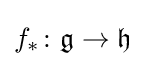
f_{*}\colon {\mathfrak {g}}\rightarrow {\mathfrak {h}}